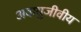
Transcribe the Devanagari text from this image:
अवायुजीवीय